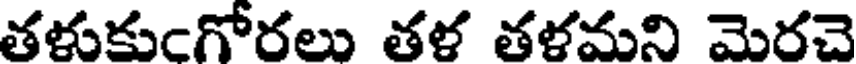
తళుకుంగోరలు తళ తళమని మెరచె